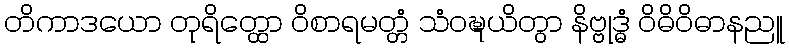
တိကာဒယော တုရိတ္ထော ဝိစာရမတ္တံ သံဝဍ္ဎယိတွာ နိဗ္ဗုဒ္ဓံ ဝိဓိဝိဓာနညူ